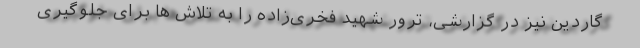
گاردین نیز در گزارشی، ترور شهید فخری‌زاده را به تلاش ها برای جلوگیری